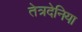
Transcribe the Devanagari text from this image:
तेत्रदेनिया